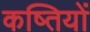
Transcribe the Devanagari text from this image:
कष्तियों